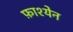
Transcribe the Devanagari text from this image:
फ़ाश्येन